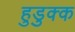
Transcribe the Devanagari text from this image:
हुडुक्क